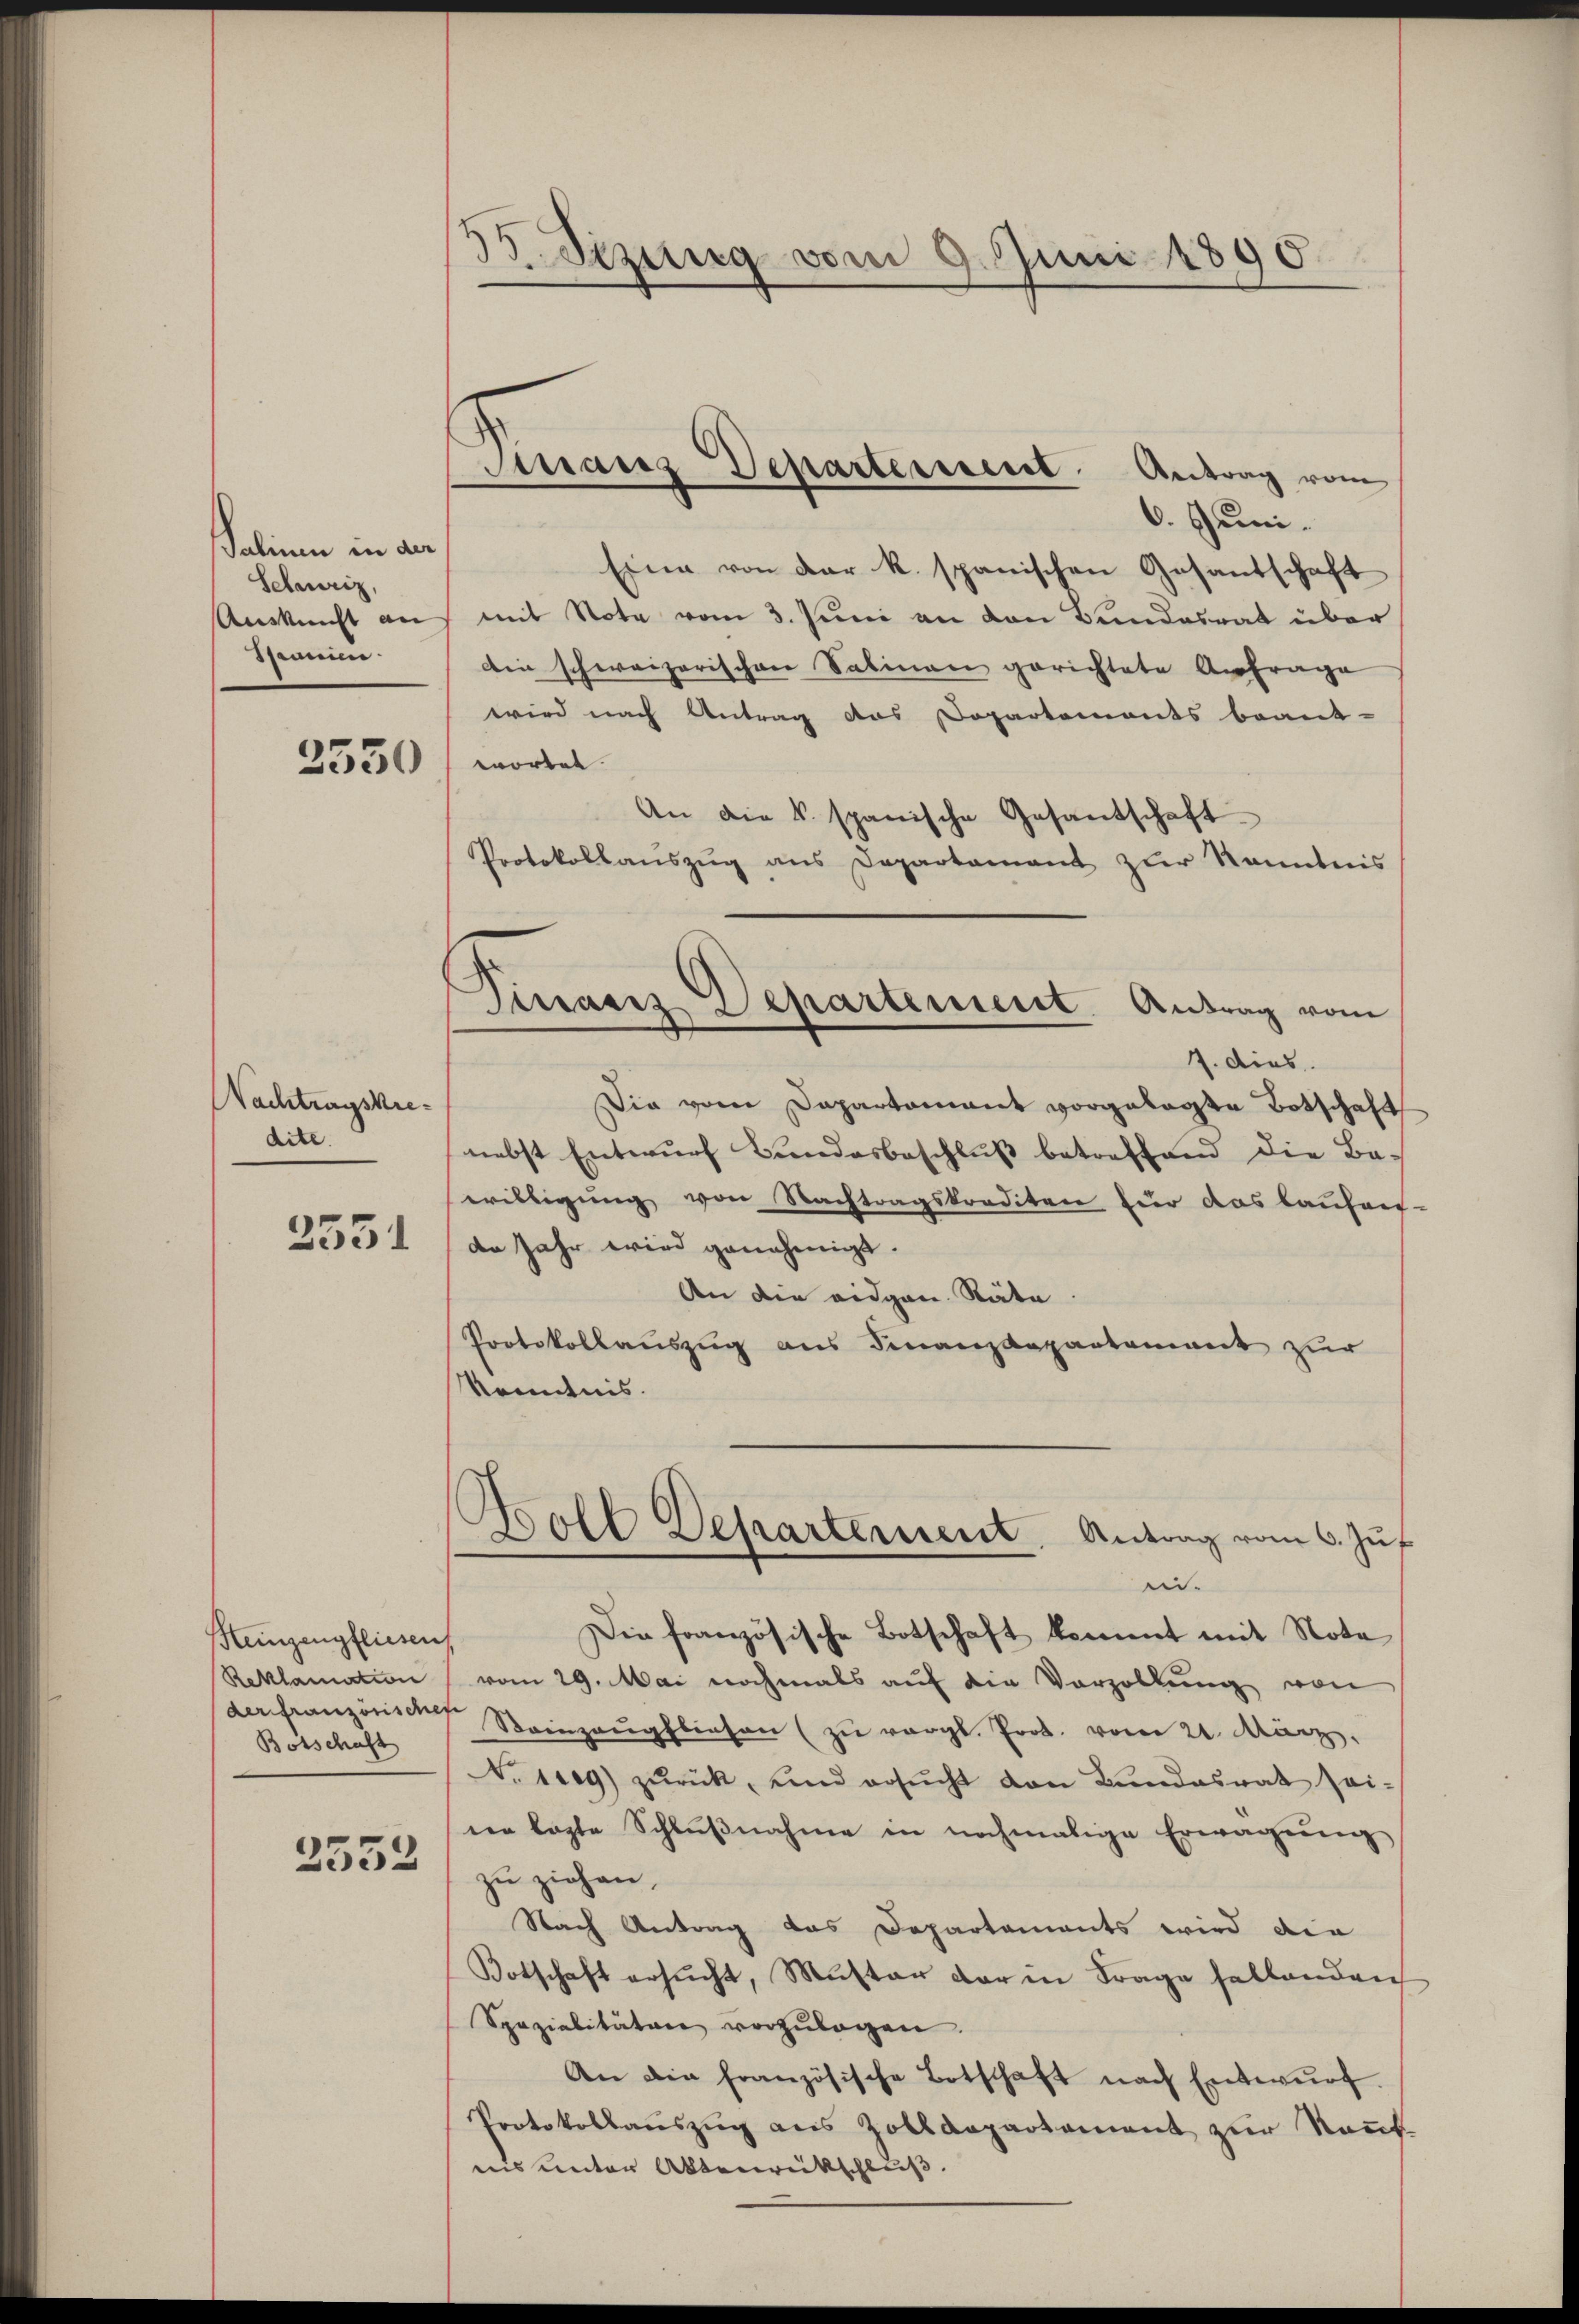
Palinen in der
Scheuriz,
Auskunft an
Spanien.

2530

Nachtragskredite.

2551

Heinzengfliesen
Reklamation
der französisches
Botschaft

2552

33 Sizung vom 9. Juni 1890

Finanz Departement. Antrag vom

Dinaris Departement Antrag vom

6. Juni.
Eine von der R. spanischen Gesandschaft
mit Note vom 3. Juni an den Bundesrat über
Die schweizerischen Sabinen gerichtete Anfrage
wird nach Antrag das Dopartements beant-
wortet.
An die v. spanische Gesandschaft
Protokollanszŭg ans Departamant zŭr Kenntnis
7. dies
Die vom Departament vorgelegte Botschaft
nebst Entwurf Bundesbeschluß betreffend die Be-
willigung von Nachtragskrediten für das laufer-
de Jahr wird genehmigt.
An die eidgen. Räte.
Protokollauszug aus Finanzdepartement zur
Kenntnis.
Boll Departement. Antrag vom 6. Jus
ei¬
Die französische Botschaft kommt mit Note
vom 29. Mai nochmals auf die Vorzollung von
Stainzaŭgfliesen (zu vergl. Prot. vom 21. März.
Nosseg) zŭrück, und ersŭcht den Bundesrat sei-
ne legte Schlŭβnahme in nochmalige Erwägŭng
zu ziehen.
Nach Antrag das Departaments wird die
Botschaft ersŭcht, Muster der in Frage fallenden
Spezialitäten vorzŭlagen.
An die französische Botschaft nach Entwŭrf.
Protokollaŭszŭg ans Zolldepartement zur Kauf-
nis unter Aktenrückschluß.